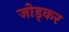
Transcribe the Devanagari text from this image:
जोड्कर